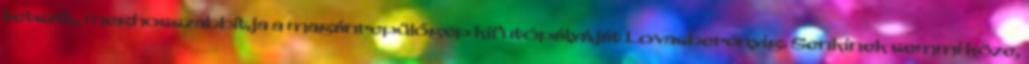
tetszik, meghosszabbítja a magánrepülőgép kifutópályáját Lovasberényig. Senkinek semmi köze,